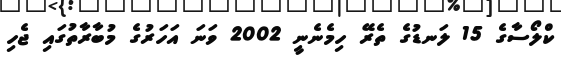
ކްލޯސާގެ 15 ލަނޑުގެ ތެރޭ ހިމެނެނީ 2002 ވަނަ އަހަރުގެ މުބާރާތުގައި ޖެހި